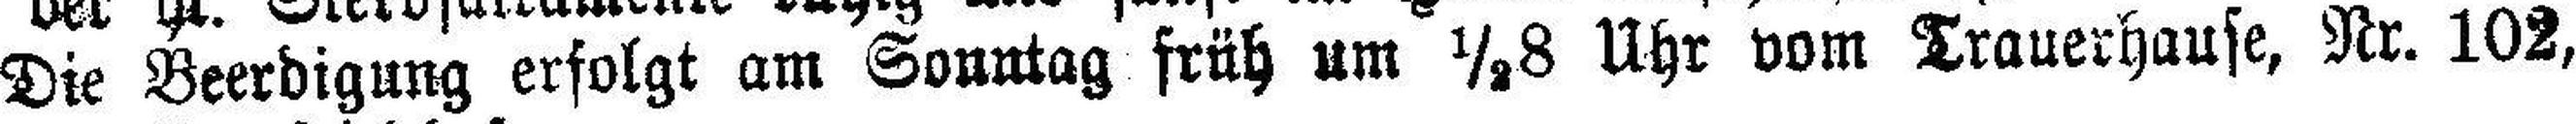
Die Beerdigung erfolgt am Sonntag früh um ½8 Uhr vom Trauerhause, Nr. 102,